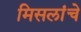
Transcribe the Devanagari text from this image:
मिसलांचे